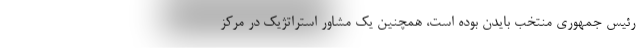
رئیس جمهوری منتخب بایدن بوده است، همچنین یک مشاور استراتژیک در مرکز